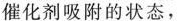
催化剂吸附的状态，